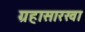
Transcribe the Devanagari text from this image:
ग्रहासारखा